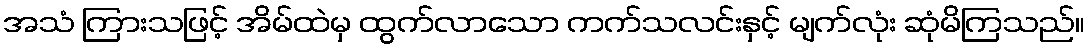
အသံ ကြားသဖြင့် အိမ်ထဲမှ ထွက်လာသော ကက်သလင်းနှင့် မျက်လုံး ဆုံမိကြသည်။